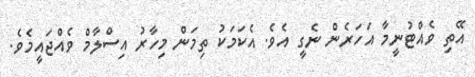
އޭތި ވެއްޓުނީމާ އަހަރެން ނެގީ އެވެ. އެކަމަކު ތިމަން މިހާރު އިސްލާމް ވެއްޖައީމެވެ.